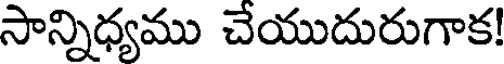
సాన్నిధ్యము చేయుదురుగాక!